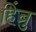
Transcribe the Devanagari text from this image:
हिंब्रु